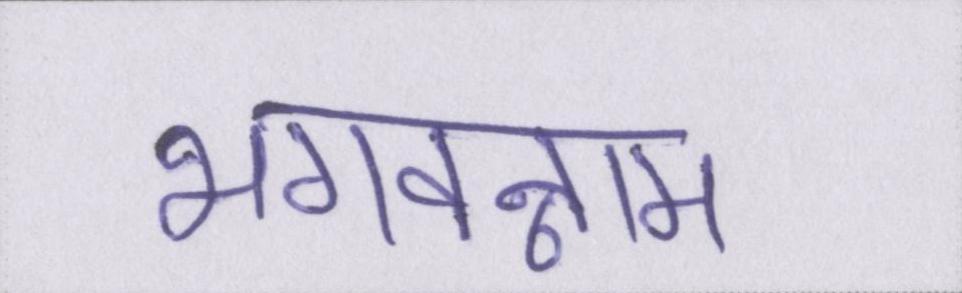
भगवन्नाम